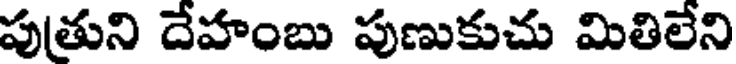
పుతుని దేహంబు పుణుకుచు మితిలేని